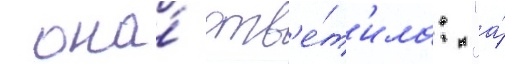
 она́ отв'е́т'ила: "а́